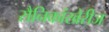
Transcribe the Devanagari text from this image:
सैनिकांखेरीज